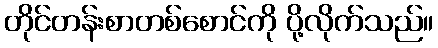
တိုင်တန်းစာတစ်စောင်ကို ပို့လိုက်သည်။